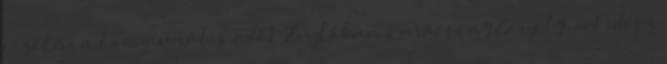
fizetni a kommunális adót Zuglóban Karácsony Gergely: a Fidesz